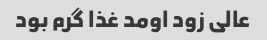
عالی زود اومد غذا گرم بود